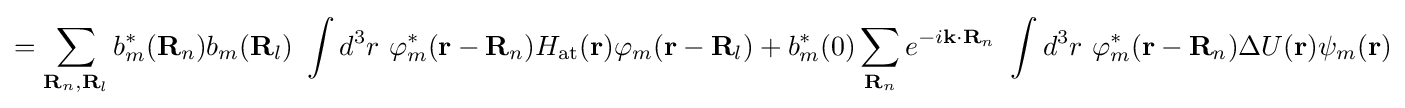
=\sum _{\mathbf {R} _{n},\mathbf {R} _{l}}b_{m}^{*}(\mathbf {R} _{n})b_{m}(\mathbf {R} _{l})\ \int d^{3}r\ \varphi _{m}^{*}(\mathbf {r} -\mathbf {R} _{n})H_{\mathrm {at} }(\mathbf {r} )\varphi _{m}(\mathbf {r} -\mathbf {R} _{l})+b_{m}^{*}(0)\sum _{\mathbf {R} _{n}}e^{-i\mathbf {k} \cdot \mathbf {R} _{n}}\ \int d^{3}r\ \varphi _{m}^{*}(\mathbf {r} -\mathbf {R} _{n})\Delta U(\mathbf {r} )\psi _{m}(\mathbf {r} )